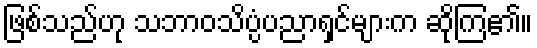
ဖြစ်သည်ဟု သဘာဝသိပ္ပံပညာရှင်များက ဆိုကြ၏။